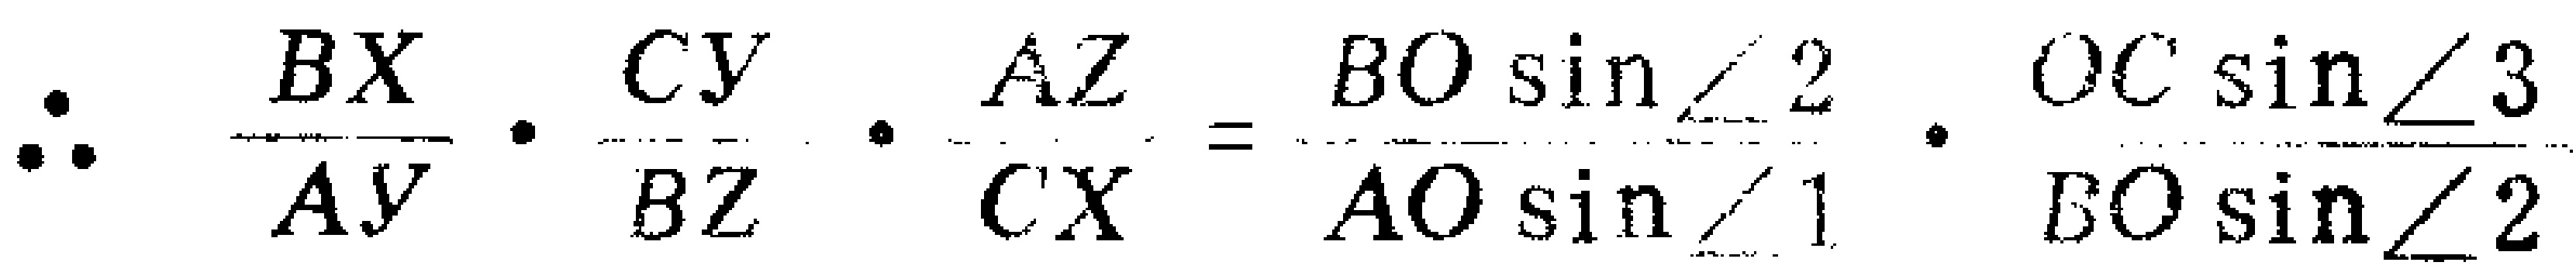
\(\therefore \frac{BX}{AY} \cdot \frac{CY}{BZ} \cdot \frac{AZ}{CX} = \frac{BO\sin\angle 2}{AO\sin\angle 1} \cdot \frac{OC\sin\angle 3}{BO\sin\angle 2}\)